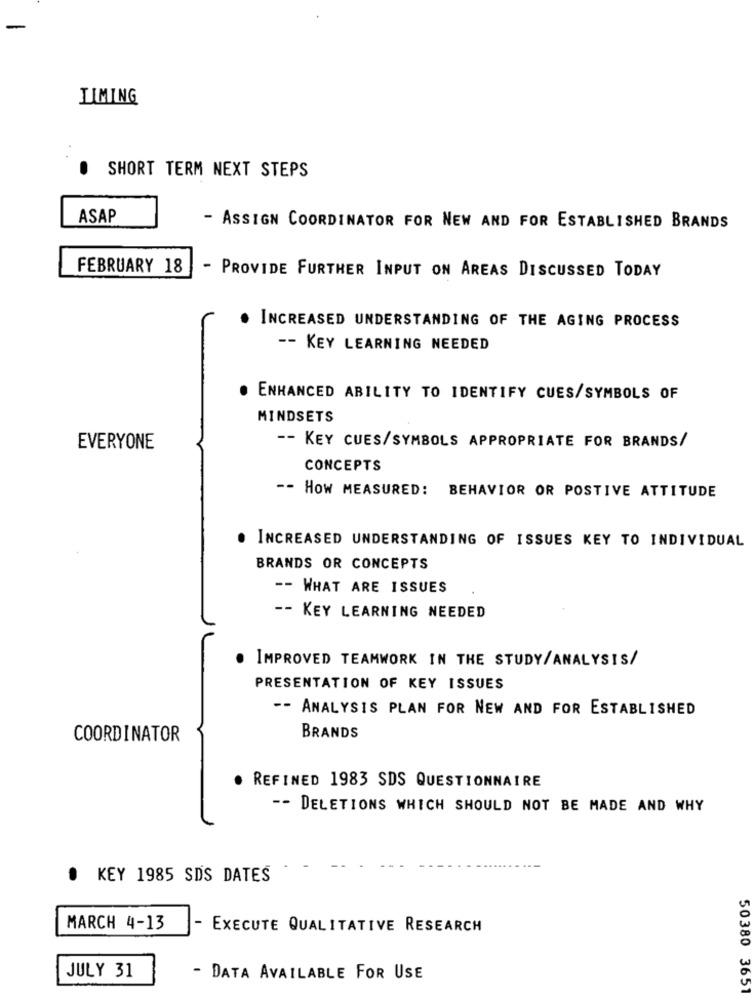
LIMING
SHORT TERM NEXT STEPS
ASAP
- ASSIGN COORDINATOR FOR NEW AND FOR ESTABLISHED BRANDS
FEBRUARY 18
- PROVIDE FURTHER INPUT ON AREAS DISCUSSED TODAY
. INCREASED UNDERSTANDING OF THE AGING PROCESS
-- KEY LEARNING NEEDED
. ENHANCED ABILITY TO IDENTIFY CUES/SYMBOLS OF
MINDSETS
EVERYONE
-- KEY CUES/SYMBOLS APPROPRIATE FOR BRANDS/
CONCEPTS
-- HOW MEASURED: BEHAVIOR OR POSTIVE ATTITUDE
· INCREASED UNDERSTANDING OF ISSUES KEY TO INDIVIDUAL
BRANDS OR CONCEPTS
-- WHAT ARE ISSUES
-- KEY LEARNING NEEDED
IMPROVED TEAMWORK IN THE STUDY/ANALYSIS/
PRESENTATION OF KEY ISSUES
-- ANALYSIS PLAN FOR NEW AND FOR ESTABLISHED
COORDINATOR
BRANDS
. REFINED 1983 SDS QUESTIONNAIRE
-- DELETIONS WHICH SHOULD NOT BE MADE AND WHY
KEY 1985 SDS DATES
MARCH 4-13
EXECUTE QUALITATIVE RESEARCH
JULY 31
- DATA AVAILABLE FOR USE
50380 3651